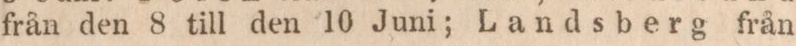
från den 8 till den 10 Juni; Landsberg från